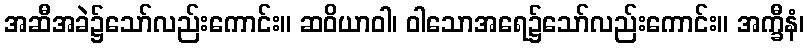
အဆီအခဲ၌သော်လည်းကောင်း။ ဆဝိယာဝါ၊ ဝါသောအရေ၌သော်လည်းကောင်း။ အက္ခီနံ၊